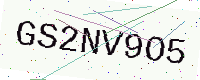
Text: GS2NV9O5